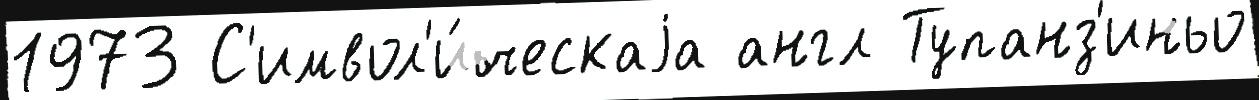
1973 С'имвол'и́ческаjа англ Тупанз'иньо